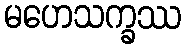
မဟေသက္ခဿ